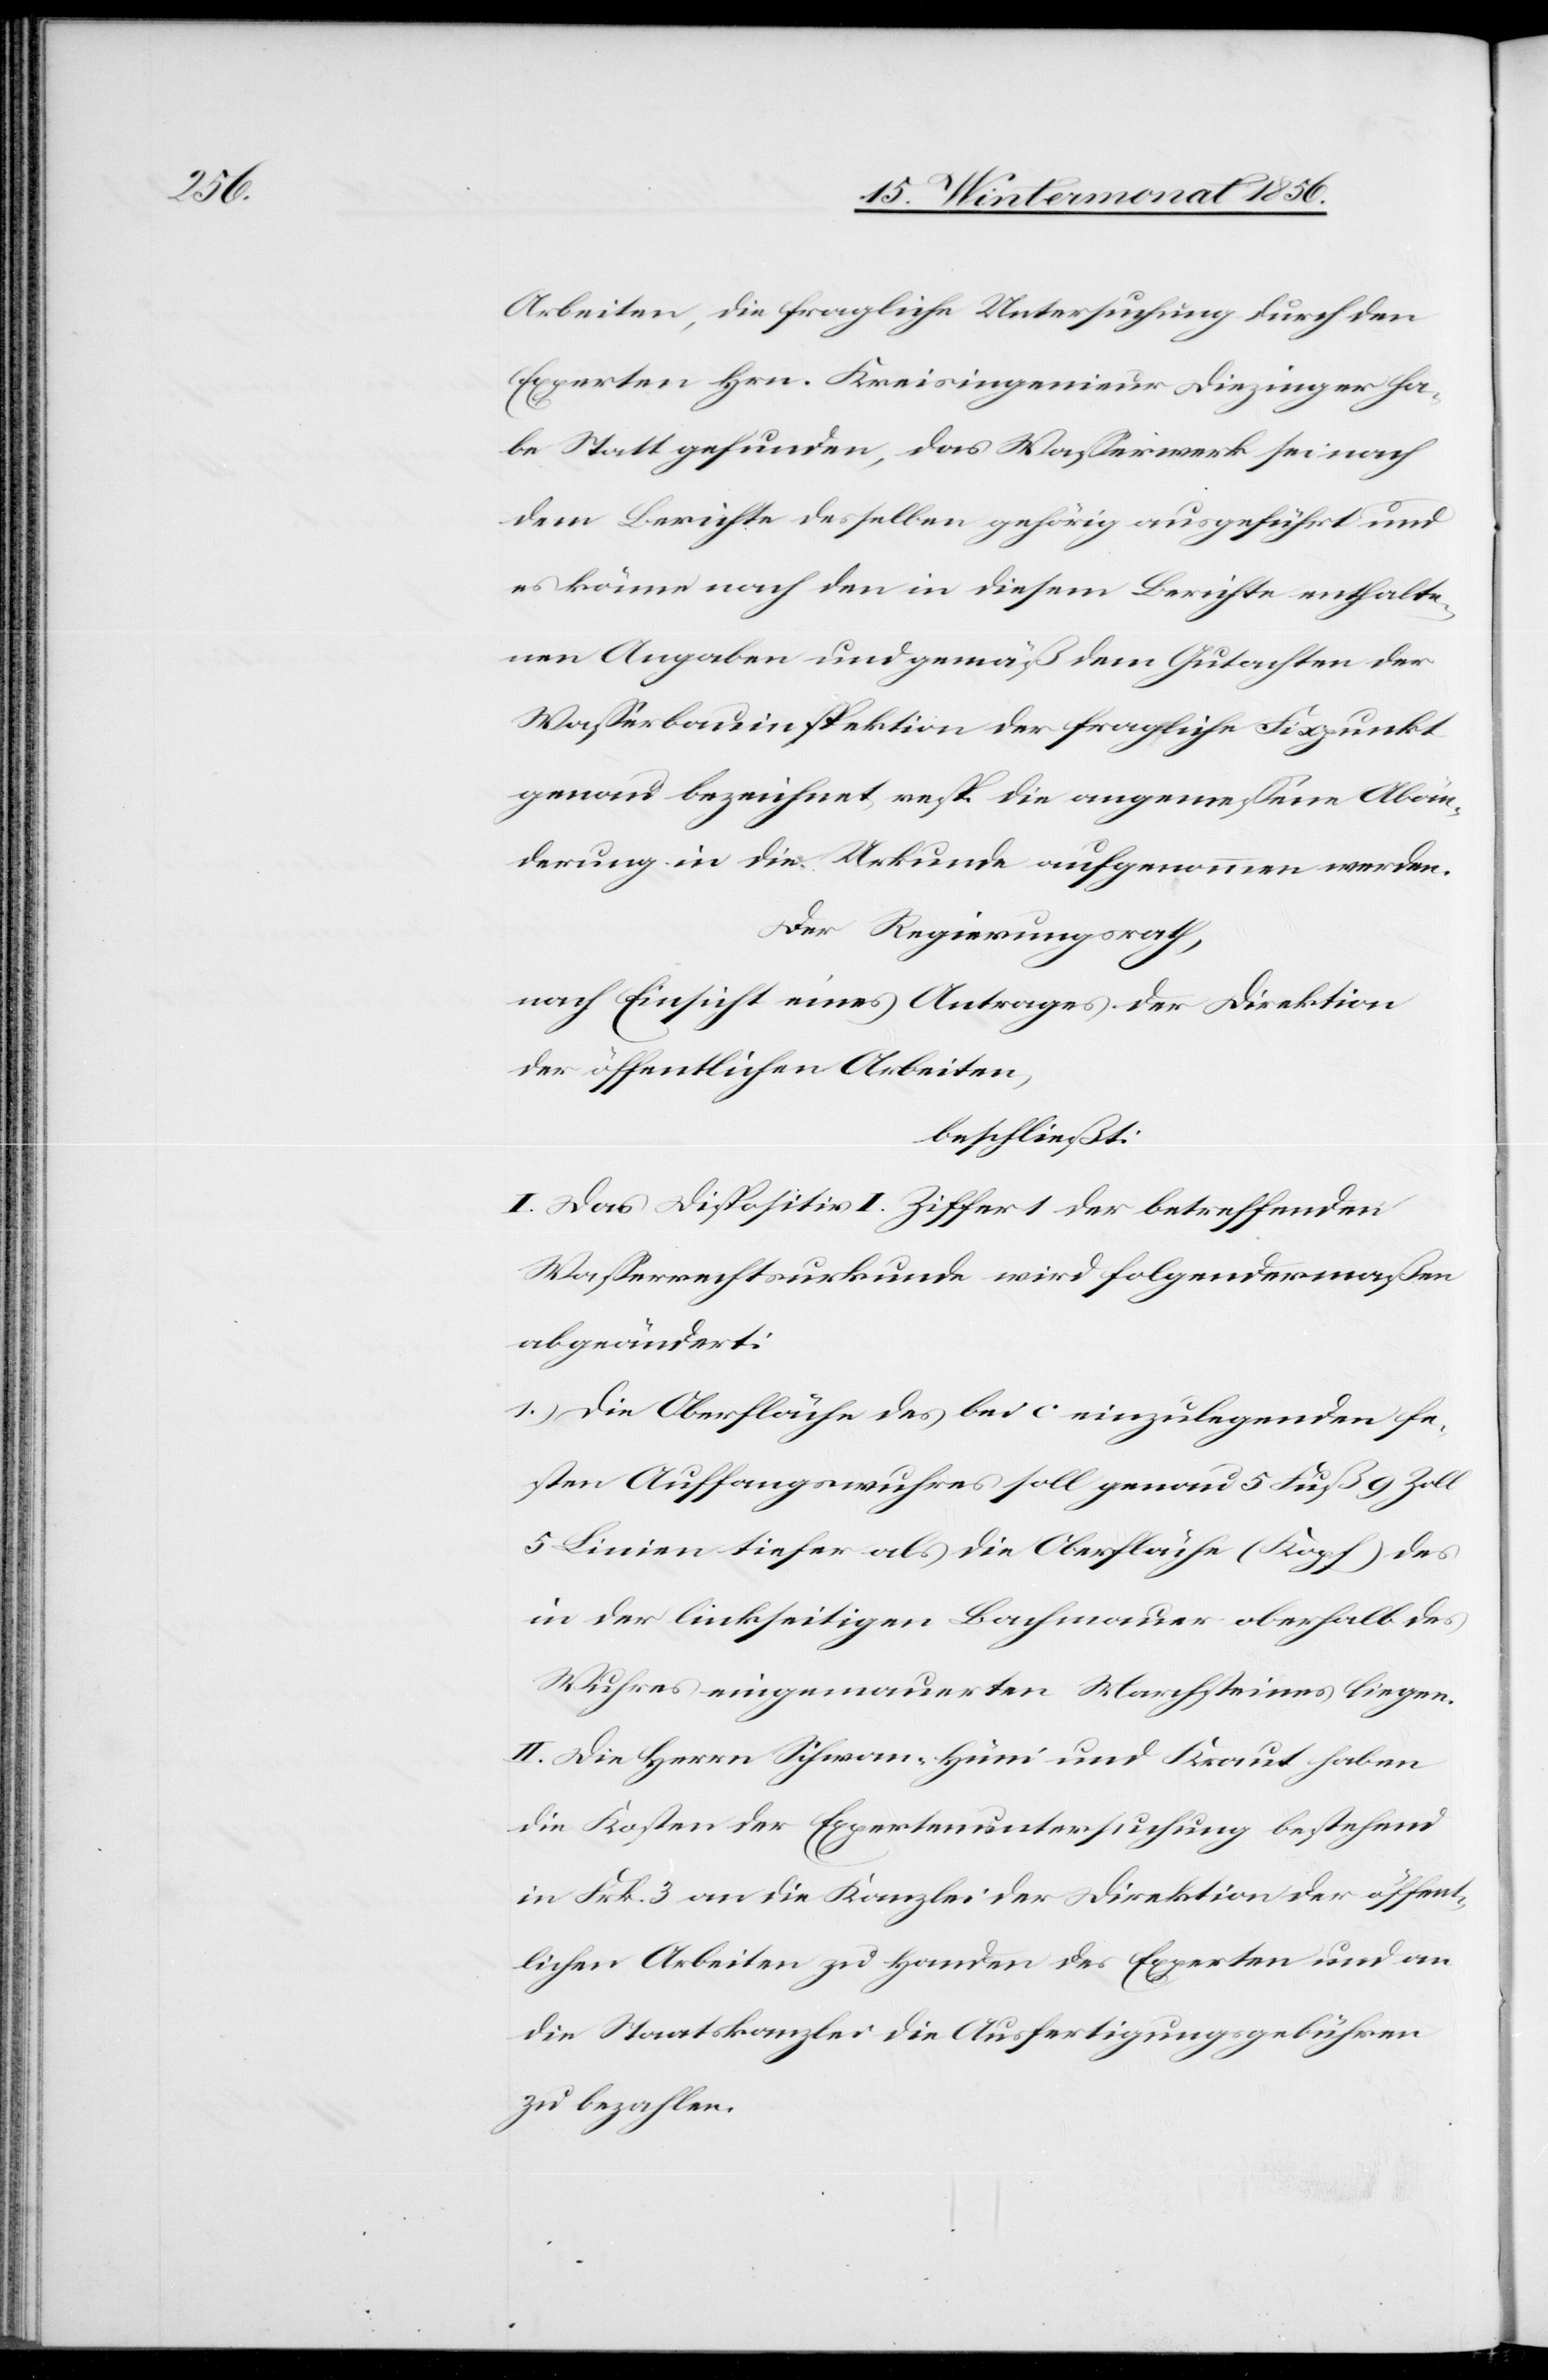
Arbeiten, die fragliche Untersuchung durch den
Experten Hrn. Kreisingenieur Diezinger ha¬
be Statt gefunden, das Wasserwerk sei nach
dem Berichte desselben gehörig ausgeführt und
es könne nach den in diesem Berichte enthalte¬
nen Angaben und gemäß dem Gutachten der
Wasserbauinspektion der fragliche Fixpunkt
genau bezeichnet resp. die angemessene Abän¬
derung in die Urkunde aufgenommen werden.
Der Regierungsrath,
nach Einsicht eines Antrages der Direktion
der öffentlichen Arbeiten,
beschließt:
I. Das Dispositiv I. Ziffer 1 der betreffenden
Wasserrechtsurkunde wird folgendermaßen
abgeändert:
1.) Die Oberfläche des bei c einzulegenden fe¬
sten Auffangswuhres soll genau 5 Fuß 9 Zoll
5 Linien tiefer als die Oberfläche (Kopf) des
in der linkseitigen Bachmauer oberhalb des
Wuhres eingemauerten Marchsteines liegen.
II. Die Herrn Schwan-Hüni und Kraut haben
die Kosten der Expertenuntersuchung bestehend
in Frk. 3 an die Kanzlei der Direktion der öffent¬
lichen Arbeiten zu Handen des Experten und an
die Staatskanzlei die Ausfertigungsgebühren
zu bezahlen.